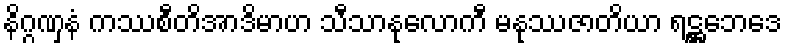
နိဂ္ဂဏှနံ ကဿစီတိအာဒိမာဟ သီသာနုလောကီ မနုဿဇာတိယာ ရဋ္ဌဘေဒေ